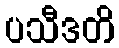
ပသီဒတိ